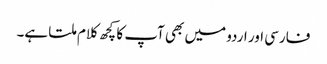
فارسی اور اردو میں بھی آپ کا کچھ کلام ملتا ہے۔